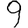
Digit: 9